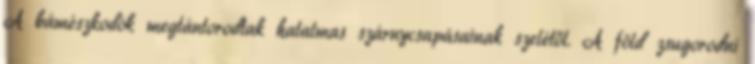
A bámészkodók megtántorodtak hatalmas szárnycsapásainak szelétől. A föld zsugorodni